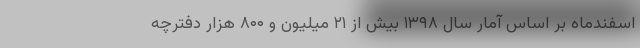
اسفندماه بر اساس آمار سال ۱۳۹۸ بیش از ۲۱ میلیون و ۸۰۰ هزار دفترچه